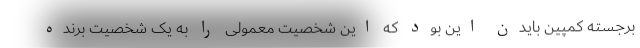
برجسته کمپین بایدن این بود که این شخصیت معمولی را به یک شخصیت برنده